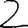
Digit: 2